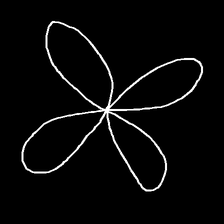
Glyph: billowing